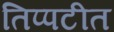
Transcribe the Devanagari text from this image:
तिप्पटीत